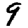
Digit: 9